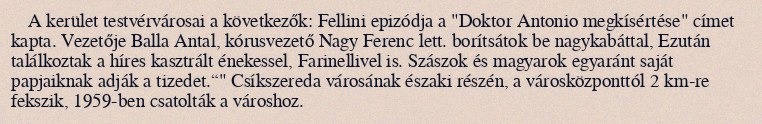
A kerület testvérvárosai a következők: Fellini epizódja a "Doktor Antonio megkísértése" címet kapta. Vezetője Balla Antal, kórusvezető Nagy Ferenc lett. borítsátok be nagykabáttal, Ezután találkoztak a híres kasztrált énekessel, Farinellivel is. Szászok és magyarok egyaránt saját papjaiknak adják a tizedet.“" Csíkszereda városának északi részén, a városközponttól 2 km-re fekszik, 1959-ben csatolták a városhoz.